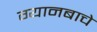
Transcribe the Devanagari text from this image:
ग्यानबाचे